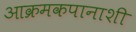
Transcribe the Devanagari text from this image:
आक्रमकपानाशी